Lunatic asylums Punjab 1881-1894 - 1881-1894
Year: 1881
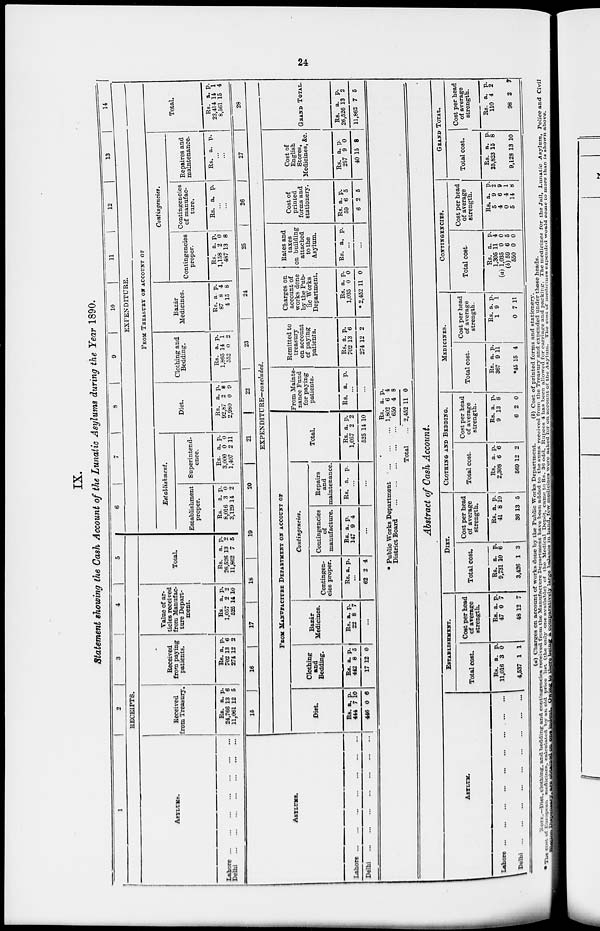
24
IX.
Statement showing the Cash Account of the Lunatic Asylums during the Year 1890.
1
2
3
4
5
RECEIPTS.
ASYLUMS.
Lahore
...
...
...
...
...
...
...
Delhi
...
...
...
...
...
...
...
Received
from Treasury.
Rs.
24,766
11,061
a.
13
12
p.
6
5
Received
from paying
patients.
Rs.
702
274
a.
13
12
p.
6
2
Value of ar-
ticles received
from Manufac-
ture Depart-
ment.
Rs.
1,057
525
a.
2
14
p.
2
10
Total.
Rs.
26,526
11,862
a.
13
7
p.
2
5
6
7
8
9
10
11
12
13
14
EXPENDITURE.
FROM TREASURY ON ACCOUNT OF
Establishment.
Establishment
proper.
Rs
8,016
3,129
a.
3
14
p.
0
2
Superintend-
ence.
Rs.
3,000
1,407
a.
0
2
p.
0
11
Diet.
Rs.
92,87
2,980
a.
2
0
p.
8
9
Clothing and
Bedding.
Rs.
1,865
552
a.
14
0
p.
1
2
Bazár
Medicines.
Rs.
87
4
a
8
15
p.
4
8
Contingencies.
Contingencies
proper.
Rs.
1,158
487
a.
2
13
p. 0
8
Contingencies
of manufac-
ture.
Rs. a. p.
...
...
Repaires and
maintenance.
Rs. a. p.
...
...
Total.
Rs.
23,414
8,561
a.
14
15
p.
1
4
ASYLUMS.
Lahore
...
...
...
...
...
...
...
Delhi
...
...
...
...
...
...
...
15
16
17
18
19
20
21
22
23
24
25
26
27
28
EXPENDITURE—concluded.
FROM MANUFACTURE DEPARTMENT ON ACCOUNT OF
Diet.
Rs.
444
446
a.
7
0
p.
10
6
Clothing
and
Bedding.
Rs.
442
17
a.
8
12
p.
5
0
Bazár
Medicines.
Rs.
22
a.
8
p.
7
...
Contingencies.
Contingen-
cies proper.
Rs. a. p.
...
62 2 4
Contingencies
manufacture.
Rs.
147
a.
9
p.
4
...
Repairs
and
maintenance.
Rs. a. p.
...
...
Total.
Rs.
1,057
525
a.
2
14
p.
2
10
From Mainte-
nance Fund
for paying
patients.
Rs. a. p.
...
...
Remitted to
treasury
on account
of paying
patients.
Rs.
702
274
a.
13
12
p.
6
2
Charges on
account of
works done
by the Pub-
lic Works
Department.
Rs.
1,035
*2,452
a.
0
11
p.
0
0
Rates and
taxes
on building
attached
to the
Asylum.
Rs. a. p.
...
...
Cost of
printed
forms and
stationery.
Rs.
59
6
a.
6
2
p.
5
5
Cost of
English
Stores,
Medicines, &c.
Rs.
257
40
a.
9
15
p.
0
8
GRAND TOTAL.
Rs.
26,526
11,862
a.
13
7
p.
2
5
* Public Works Department
...
...
...
District Board ... ... ... ... ...
Total ...
Rs.
1,802
650
2,452
a.
6
4
11
p.
4
8
0
Abstract of Cash Account.
ASYLUM.
Lahore ... ... ... ... ... ... ... ... ... ... ... ...
Delhi ... ... ... ... ... ... ... ... ... ... ... ...
ESTABLISHMENT.
Total cost.
Rs.
11,016
4,537
a.
3
1
p.
0
1
Cost per head
of average
strength.
Rs.
47
48
a
0
12
P.
7
7
DIET.
Total cost.
Rs.
9,731
3,426
a.
10
1
p.
6
3
Cost per head
of average
strength.
Rs.
41
36
a.
8
13
P.
10
5
CLOTHING AND BEDDING.
Total cost.
Rs.
2,308
569
a.
6
12
p.
6
2
Cost per head
of average
strength.
Rs.
9
6
a.
13
2
P.
8
0
MEDICINES.
Total cost.
Rs.
367
*45
a.
9
15
p.
11
4
Cost per head
of average
strength.
Rs.
1
0
a.
9
7
p.
1
11
CONTINGENCIES.
Total cost.
Rs.
1,305
(a) 1,035
(b)59
550
a.
11
0
6
0
p.
4
0
5
0
Cost per head
of average
strength.
Rs.
5
4
0
5
a.
9
6
4
14
p.
2
9
1
8
GRAND TOTAL.
Total cost.
Rs.
25,823
9,128
a.
15
13
p.
8
10
Cost per head
of average
strength.
Rs.
110
98
a.
4
2
p.
2
7
(a) Charges on account of works done by the Public Works Department.
(b) Cost of printed forms and stationery.
NOTE.—Diet.
clothing,
and bedding and contingencies received from the Manufacture Department have been added to the sums received from the Treasury and expended under those heads.
*The cost of European medicines, calculated by an old price list (the only one available) of the Medical Depôt, came to Rs. 36 odd. Rupees 4 has been allowed for carriage and packing. The medicines for the Jail , Lunatic Asylum, Police and Civil
Station Diapensary are obtainedon one indent. Owing to there being a comparatively large balance in hand ,few medicines were asked for on account of the Asylum. The cost of medicines expended would come to more than is shown above.